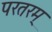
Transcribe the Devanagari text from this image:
परतरम्